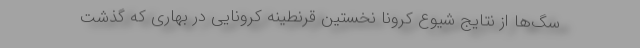
سگ‌ها از نتایج شیوع کرونا نخستین قرنطینه کرونایی در بهاری که گذشت